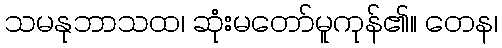
သမနုဘာသထ၊ ဆုံးမတော်မူကုန်၏။ တေန၊